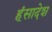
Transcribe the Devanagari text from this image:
हंसादेश